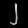
Digit: ၂